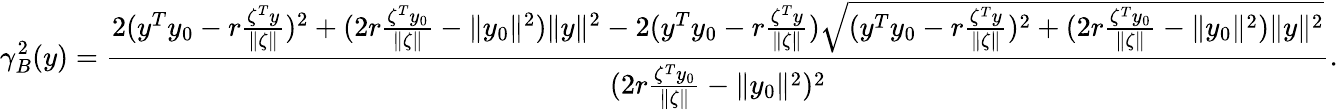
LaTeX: \gamma_{B}^{2}(y)=\frac{2(y^{T}y_{0}-r\frac{\zeta^{T}y}{\| \zeta\| })^{2}+(2r\frac{\zeta^{T}y_{0}}{\| \zeta\| }-\| y_{0}\| ^{2})\| y\| ^{2}-2(y^{T}y_{0}-r\frac{\zeta^{T}y}{\| \zeta\| })\sqrt{(y^{T}y_{0}-r\frac{\zeta^{T}y}{\| \zeta\| })^{2}+(2r\frac{\zeta^{T}y_{0}}{\| \zeta\| }-\| y_{0}\| ^{2})\| y\| ^{2}}}{(2r\frac{\zeta^{T}y_{0}}{\| \zeta\| }-\| y_{0}\| ^{2})^{2}}.